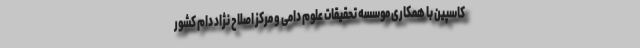
کاسپین با همکاری موسسه تحقیقات علوم دامی و مرکز اصلاح نژاد دام کشور